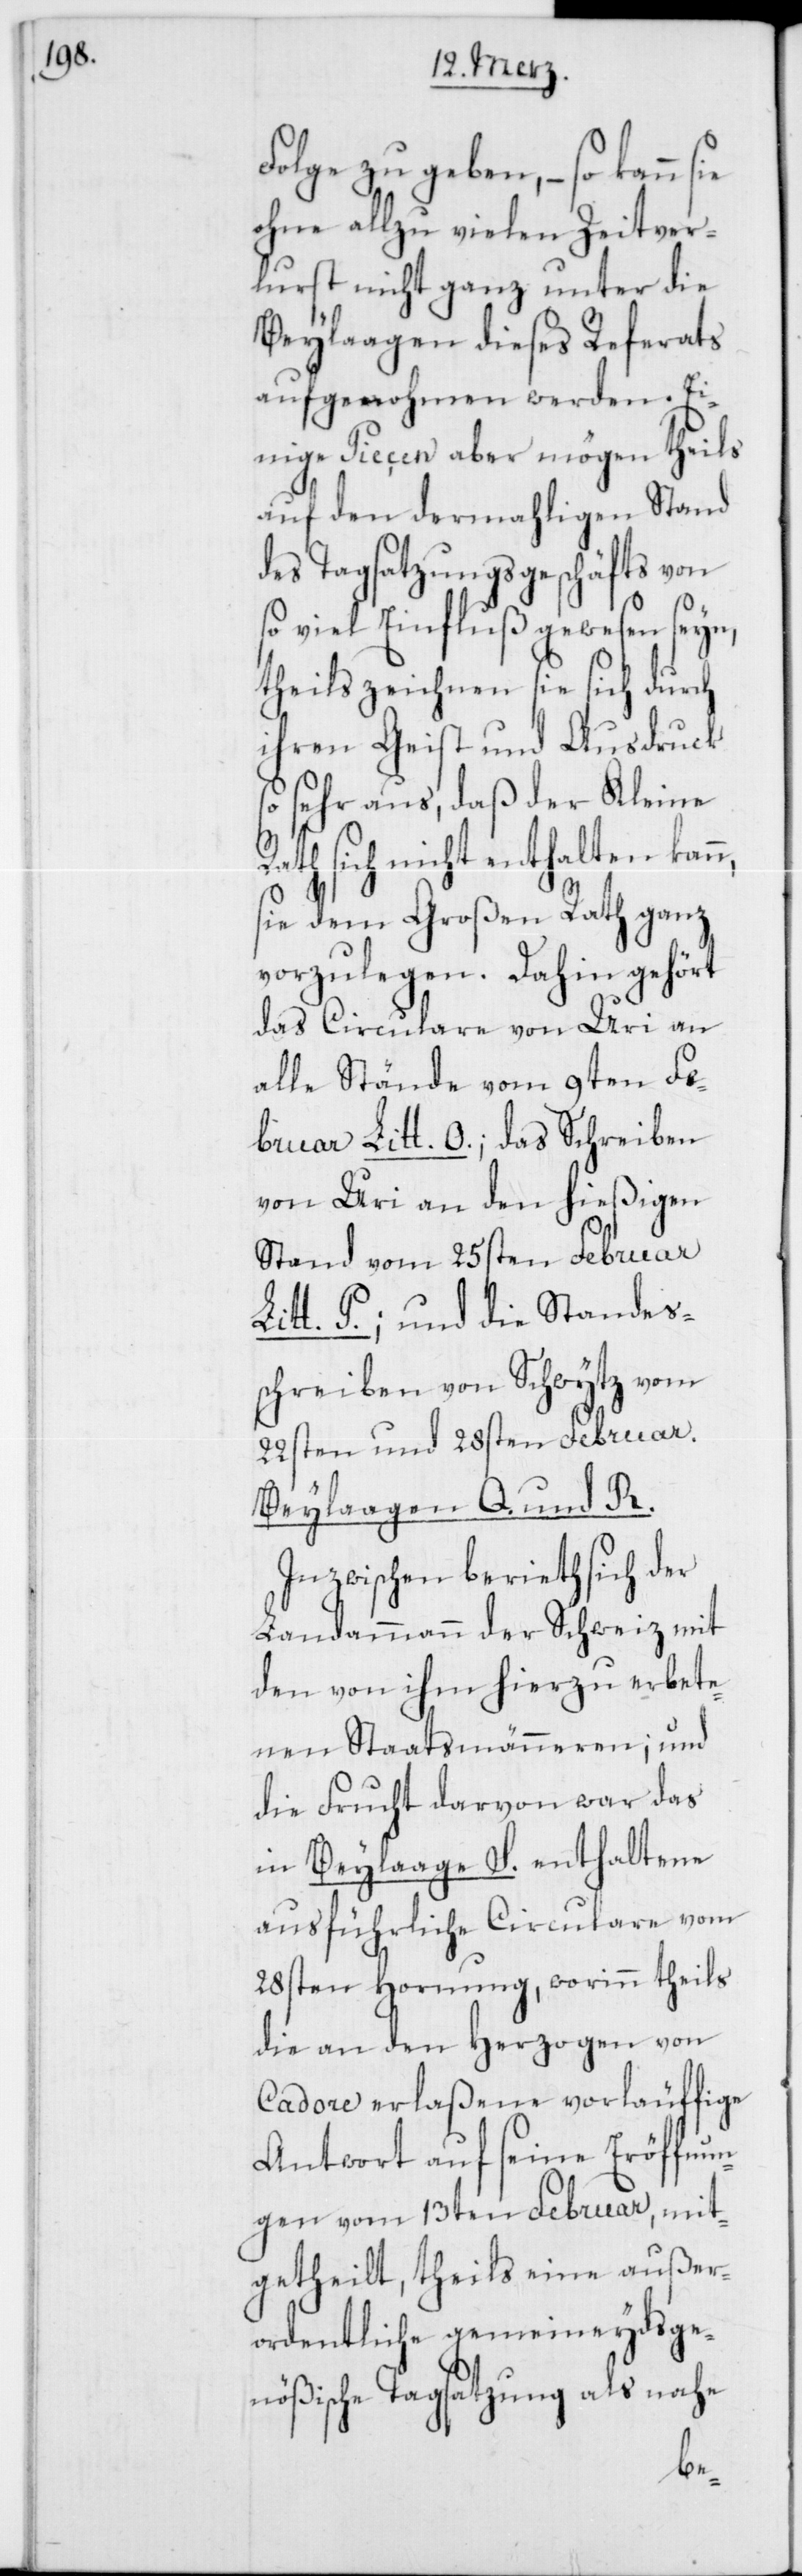
Folge zu geben, – so kann
ohne allzu vielen Zeitver¬
lust nicht ganz unter die
Beylaagen dieses Referaths
aufgenohmen werden. Ei¬
nige Piecen aber mögen theils
auf den dermahligen Stand
des Tagsatzungsgeschäfts von
so viel Einfluß gewesen seyn,
theils zeichnen sie sich durch
ihren Geist und Ausdruck
sehr aus, daß der Kleine
Rath sich nicht enthalten kann,
sie dem Großen Rath ganz
vorzulegen. Dahin gehört
das Circulare von Uri an
alle Stände vom 9ten Fe¬
bruar Litt. O.; das Schreiben
von Uri an den hießigen
Stand vom 25sten Februar
Litt. P.; und die Standes¬
schreiben von Schwytz vom
22sten und 28sten Februar.
Beylaagen Q. und R.
Inzwischen beriet sich der
Landammann der Schweiz mit
den von ihm hierzu erbete¬
nen Staatsmänneren und
die Frucht darvon war das
in Beylaage S. enthaltene
ausführliche Circulare vom
28sten Hornung, worinn theils
die an den Herzogen von
Cadore erlaßene vorläuffige
Antwort auf seine Eröffnun¬
gen vom 13ten Februar, mit¬
getheilt, theils eine außer¬
ordentliche gemeineydsge¬
nößische Tagsatzung als nahe